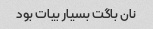
نان باگت بسیار بیات بود